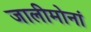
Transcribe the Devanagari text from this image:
जालीमोनां